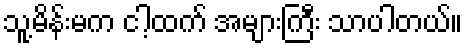
သူ့မိန်းမက ငါ့ထက် အများကြီး သာပါတယ်။